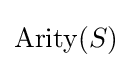
\mathrm {Arity} (S)